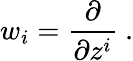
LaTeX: w_{i}=\frac{\partial}{\partial z^{i}}\ .